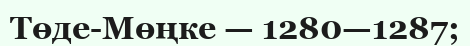
Төде-Мөңке — 1280—1287;